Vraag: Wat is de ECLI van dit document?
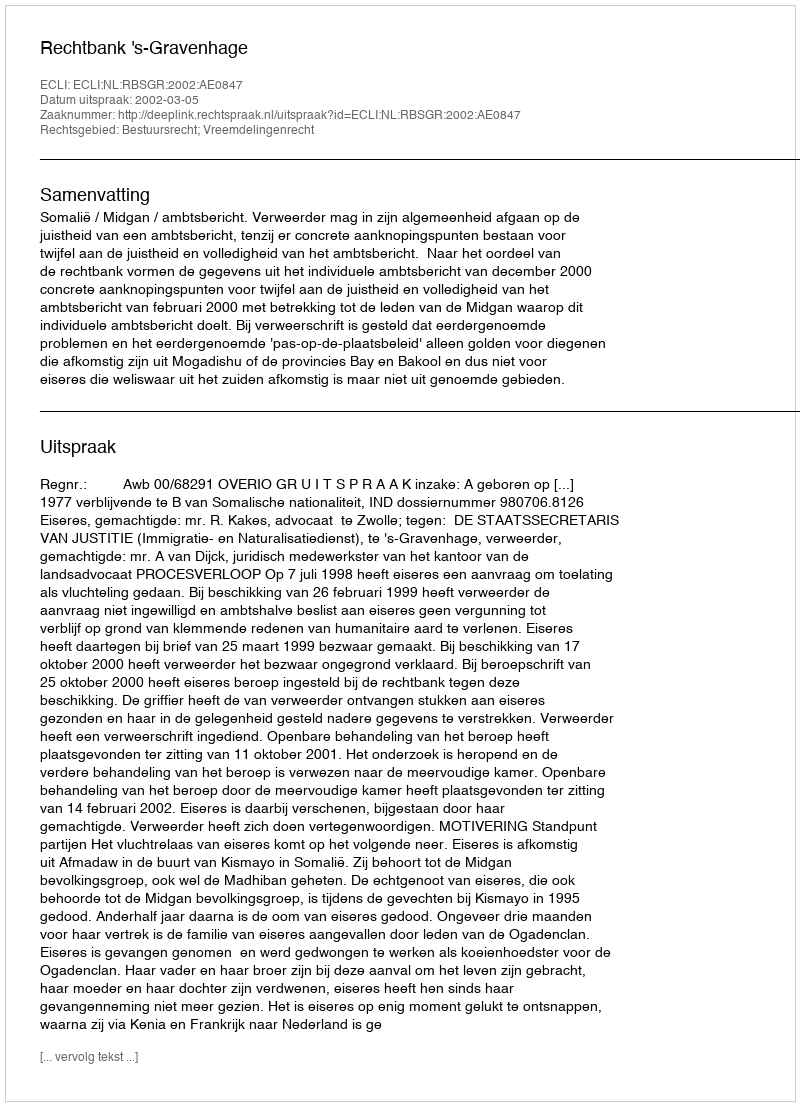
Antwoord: ECLI:NL:RBSGR:2002:AE0847